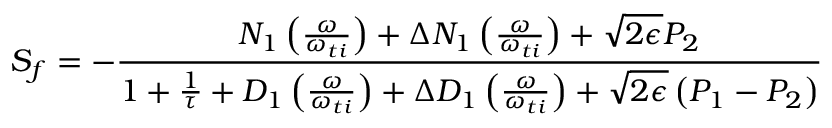
{ S _ { f } } = - \frac { N _ { 1 } \left( \frac { \omega } { \omega _ { t i } } \right) + \Delta N _ { 1 } \left( \frac { \omega } { \omega _ { t i } } \right) + \sqrt { 2 \epsilon } P _ { 2 } } { 1 + \frac { 1 } { \tau } + D _ { 1 } \left( \frac { \omega } { \omega _ { t i } } \right) + \Delta D _ { 1 } \left( \frac { \omega } { \omega _ { t i } } \right) + \sqrt { 2 \epsilon } \left( P _ { 1 } - P _ { 2 } \right) }